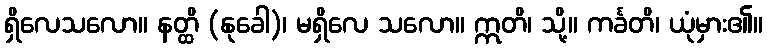
ရှိလေသလော။ နတ္ထိ (နုခေါ)၊ မရှိလေ သလော။ ဣတိ၊ သို့။ ကင်္ခတိ၊ ယုံမှား၏။